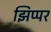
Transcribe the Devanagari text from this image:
झिप्पर